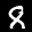
Label: 8